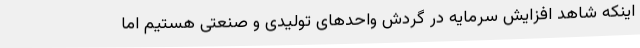
اینکه شاهد افزایش سرمایه در گردش واحدهای تولیدی و صنعتی هستیم اما